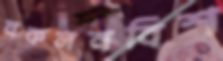
নকলনবিশ